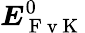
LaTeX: \boldsymbol{{E}}_{\mathrm{~F~v~K~}}^{0}